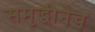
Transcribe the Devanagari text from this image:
समृद्धीनेच